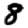
Digit: 8